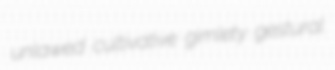
unlawed cultivative gimlety gestural